Vaccine operations Central Provinces 1868-1885 - 1868-1885
Year: 1868
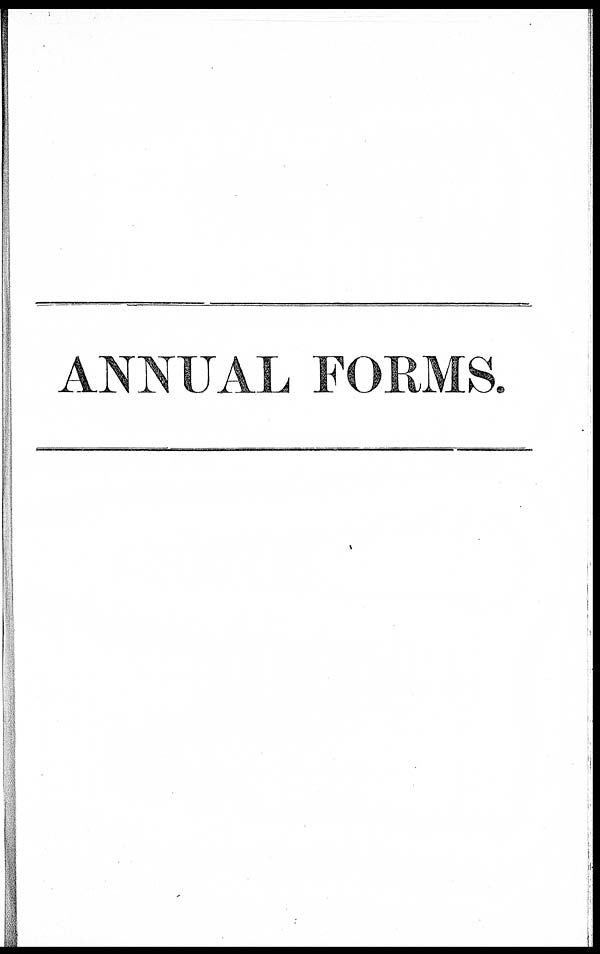
ANNUAL FORMS.